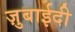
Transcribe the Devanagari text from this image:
ज़ुबाईदी